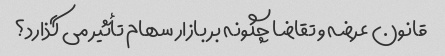
قانون عرضه و تقاضا چگونه بر بازار سهام تأثیر می گذارد؟